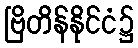
ဗြိတိန်နိုင်ငံ၌